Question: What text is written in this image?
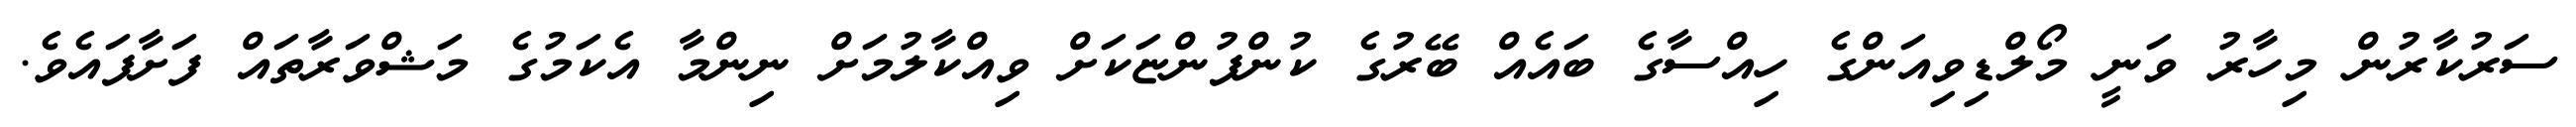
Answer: ސަރުކާރުން މިހާރު ވަނީ މޯލްޑިވިއަންގެ ހިއްސާގެ ބައެއް ބޭރުގެ ކުންފުންޏަކަށް ވިއްކާލުމަށް ނިންމާ އެކަމުގެ މަޝްވަރާތައް ފަށާފައެވެ.